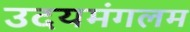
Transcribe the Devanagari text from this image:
उदयमंगलम